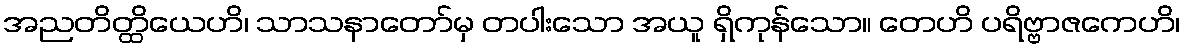
အညတိတ္ထိယေဟိ၊ သာသနာတော်မှ တပါးသော အယူ ရှိကုန်သော။ တေဟိ ပရိဗ္ဗာဇကေဟိ၊